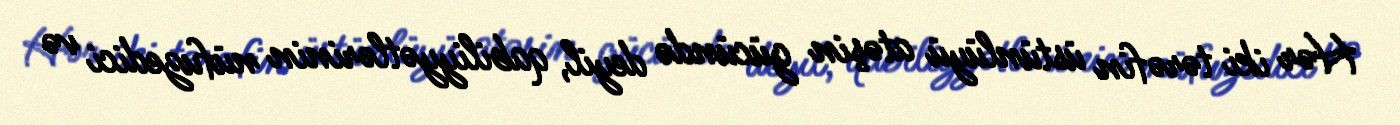
Hər iki tərəfin üstünlüyü atəşin gücündə deyil, qabiliyyətlərinin nüfuzedici və